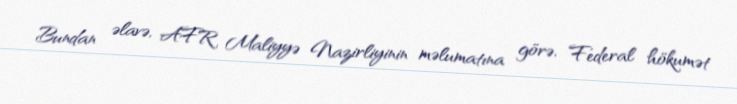
Bundan əlavə, AFR Maliyyə Nazirliyinin məlumatına görə, Federal hökumət